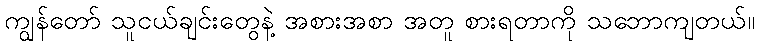
ကျွန်တော် သူငယ်ချင်းတွေနဲ့ အစားအစာ အတူ စားရတာကို သဘောကျတယ်။